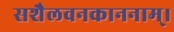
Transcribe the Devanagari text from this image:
सशैलवनकाननाम्।